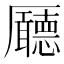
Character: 𠫊